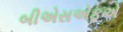
બીએસએફએ